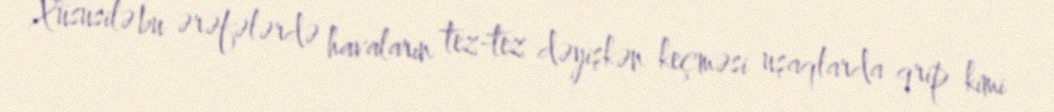
Xüsusilə bu ərəfələrdə havaların tez-tez dəyişkən keçməsi uşaqlarda qrip kimi